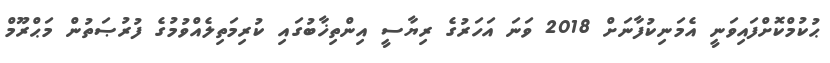
ޙުކުމްކޮށްފައިވަނީ އެމަނިކުފާނަށް 2018 ވަނަ އަހަރުގެ ރިޔާސީ އިންތިޚާބުގައި ކުރިމަތިލެއްވުމުގެ ފުރުޞަތުން މަޙްރޫމް